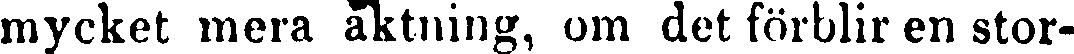
mycket mera aktning, om det förblir en stor-